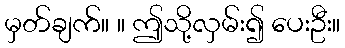
မှတ်ချက်။ ။ ဤသို့လှမ်း၍ ပေးဦး။